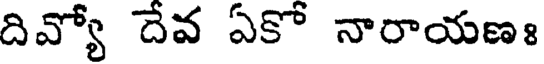
దివ్యో దేవ ఏకో నారాయణః